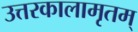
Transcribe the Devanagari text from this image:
उत्तरकालामृतम्